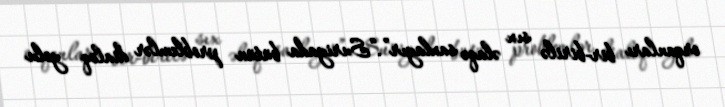
orqanları bir-birilə sıx əlaqə saxlayır”.“Suriyada bütün problemlər dialoq yolu